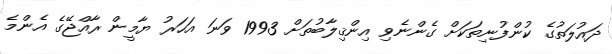
ދައުލަތުގެ ކުންފުނިތަކަށް ގެންނެވި އިންޤިލާބުތަށް 1993 ވަނަ އަހަރު ޔާމީން ރާއްޖޭގެ އެންމެ